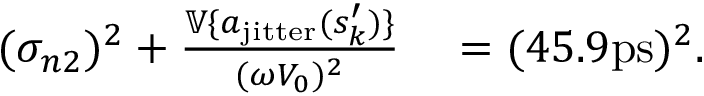
\begin{array} { r l } { ( \sigma _ { n 2 } ) ^ { 2 } + \frac { \mathbb { V } \{ a _ { \mathrm { j i t t e r } } ( s _ { k } ^ { \prime } ) \} } { ( \omega V _ { 0 } ) ^ { 2 } } } & { { } = ( 4 5 . 9 \mathrm { p s } ) ^ { 2 } . } \end{array}